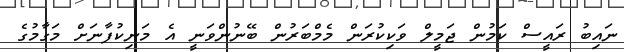
ނައިބު ރައީސް ކަމުން ޖަމީލް ވަކިކުރަން މެމްބަރުން ބޭނުންވަނީ އެ މަނިކުފާނަށް މަގާމުގެ